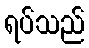
ရပ်သည်